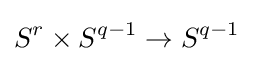
S^{r}\times S^{q-1}\rightarrow S^{q-1}